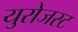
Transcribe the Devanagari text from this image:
युरोजस्ट